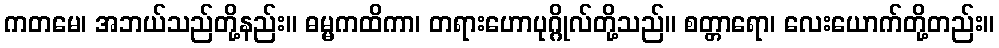
ကတမေ၊ အဘယ်သည်တို့နည်း။ ဓမ္မကထိကာ၊ တရားဟောပုဂ္ဂိုလ်တို့သည်။ စတ္တာရော၊ လေးယောက်တို့တည်း။